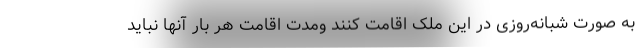
به صورت شبانه‌روزی در این ملک اقامت کنند ومدت اقامت هر بار آنها نباید